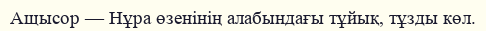
Ащысор — Нұра өзенінің алабындағы тұйық, тұзды көл.